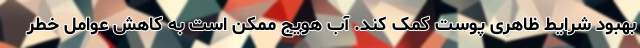
بهبود شرایط ظاهری پوست کمک کند. آب هویج ممکن است به کاهش عوامل خطر